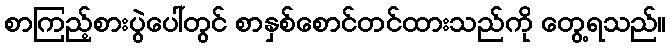
စာကြည့်စားပွဲပေါ်တွင် စာနှစ်စောင်တင်ထားသည်ကို တွေ့ရသည်။